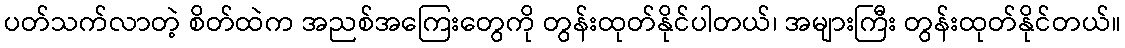
ပတ်သက်လာတဲ့ စိတ်ထဲက အညစ်အကြေးတွေကို တွန်းထုတ်နိုင်ပါတယ်၊ အများကြီး တွန်းထုတ်နိုင်တယ်။